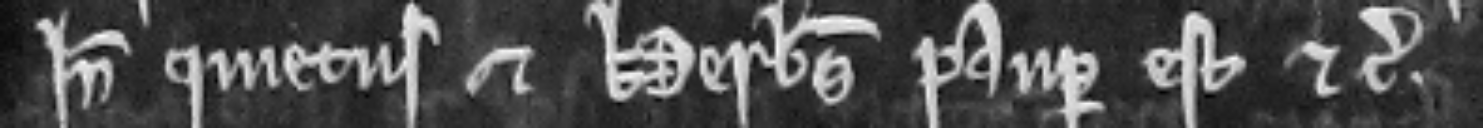
inde quietus. Et Herbertus pauper est etc.